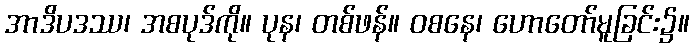
အာဒိပဒဿ၊ အစပုဒ်ကို။ ပုန၊ တစ်ဖန်။ ဝစနေ၊ ဟောတော်မူခြင်း၌။